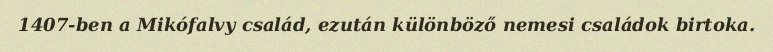
1407-ben a Mikófalvy család, ezután különböző nemesi családok birtoka.